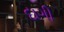
દાગી